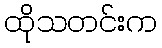
ထိုသတင်းက